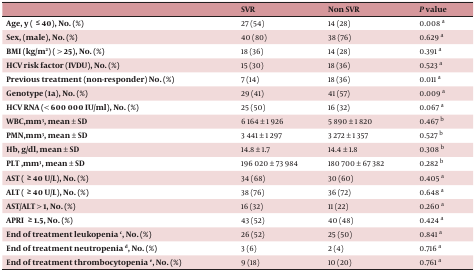
<table><thead><tr><td></td><td><b> SVR </b></td><td><b> Non SVR </b></td><td><b> P value </b></td></tr></thead><tbody><tr><td><b> Age, y (= 40), No. (%) </b></td><td>27 (54)</td><td>14 (28)</td><td>0.008 a</td></tr><tr><td><b> Sex, (male), No. (%) </b></td><td>40 (80)</td><td>38 (76)</td><td>0.629 a</td></tr><tr><td><b> BMI (kg/m<sup>2</sup>) ( &gt; 25), No. (%) </b></td><td>18 (36)</td><td>14 (28)</td><td>0.391 a</td></tr><tr><td><b> HCV risk factor (IVDU), No. (%) </b></td><td>15 (30)</td><td>18 (36)</td><td>0.523 a</td></tr><tr><td><b> Previous treatment (non-responder) No. (%) </b></td><td>7 (14)</td><td>18 (36)</td><td>0.011 a</td></tr><tr><td><b> Genotype (1a), No. (%) </b></td><td>29 (41)</td><td>41 (57)</td><td>0.009 a</td></tr><tr><td><b> HCV RNA (&lt; 600 000 IU/ml), No. (%) </b></td><td>25 (50)</td><td>16 (32)</td><td>0.067 a</td></tr><tr><td><b> WBC,mm<sup>3</sup>, mean ± SD </b></td><td>6 164 ± 1 926</td><td>5 890 ± 1 820</td><td>0.467 b</td></tr><tr><td><b> PMN,mm<sup>3</sup>, mean ± SD </b></td><td>3 441 ± 1 297</td><td>3 272 ± 1 357</td><td>0.527 b</td></tr><tr><td><b> Hb, g/dl, mean ± SD </b></td><td>14.8 ± 1.7</td><td>14.4 ± 1.8</td><td>0.308 b</td></tr><tr><td><b> PLT ,mm<sup>3</sup>, mean ± SD </b></td><td>196 020 ± 73 984</td><td>180 700 ± 67 382</td><td>0.282 b</td></tr><tr><td><b> AST (= 40 U/L), No. (%) </b></td><td>34 (68)</td><td>30 (60)</td><td>0.405 a</td></tr><tr><td><b> ALT (= 40 U/L), No. (%) </b></td><td>38 (76)</td><td>36 (72)</td><td>0.648 a</td></tr><tr><td><b> AST/ALT &gt; 1, No. (%) </b></td><td>16 (32)</td><td>11 (22)</td><td>0.260 a</td></tr><tr><td><b> APRI = 1.5, No. (%) </b></td><td>43 (52)</td><td>40 (48)</td><td>0.424 a</td></tr><tr><td><b> End of treatment leukopenia c , No. (%) </b></td><td>26 (52)</td><td>25 (50)</td><td>0.841 a</td></tr><tr><td><b> End of treatment neutropenia d , No. (%) </b></td><td>3 (6)</td><td>2 (4)</td><td>0.716 a</td></tr><tr><td><b> End of treatment thrombocytopenia e , No. (%) </b></td><td>9 (18)</td><td>10 (20)</td><td>0.761 a</td></tr></tbody></table>